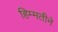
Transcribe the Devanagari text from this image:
हिम्मतीने